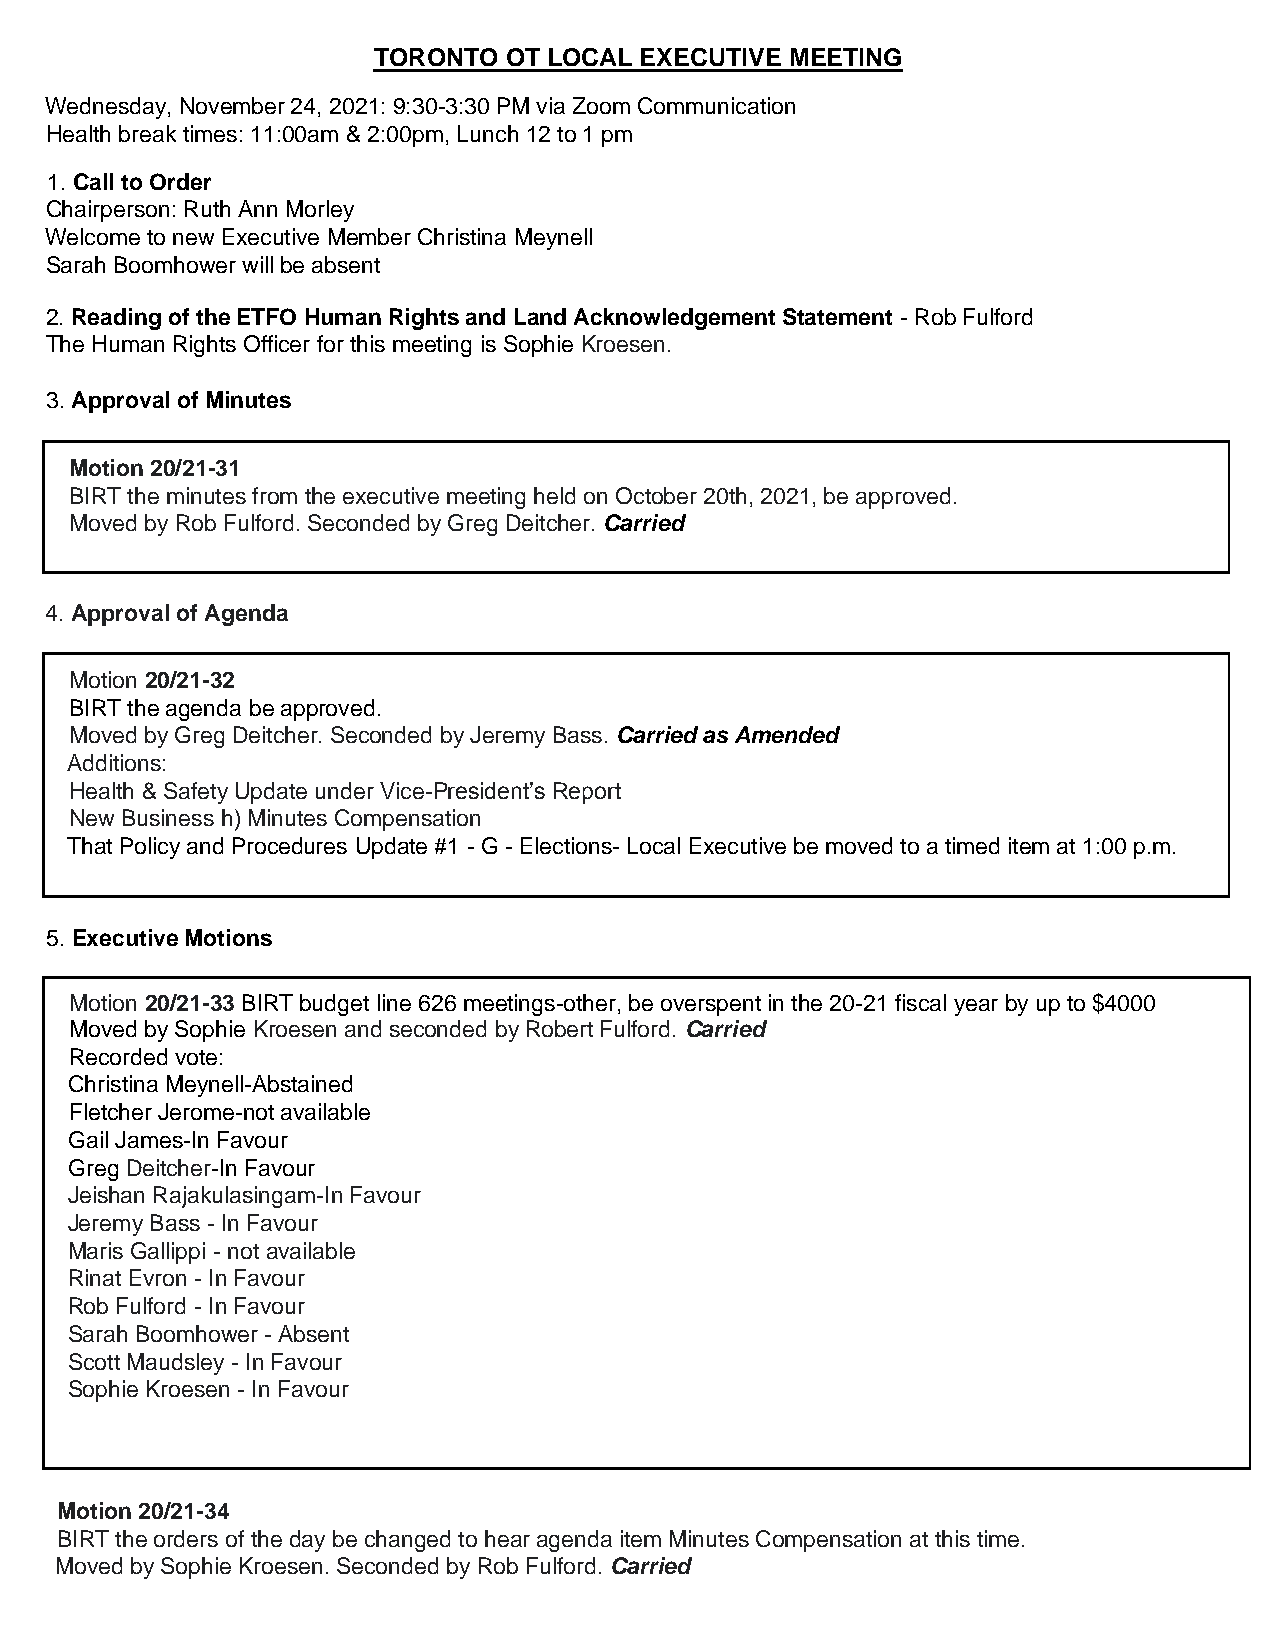
TORONTO OT LOCAL EXECUTIVE MEETING
 Wednesday, November 24, 2021: 9:30-3:30 PM via Zoom Communication
 Health break times: 11:00am & 2:00pm, Lunch 12 to 1 pm
 1. Call to Order
 Chairperson: Ruth Ann Morley
 Welcome to new Executive Member Christina Meynell
 Sarah Boomhower will be absent
 2. Reading of the ETFO Human Rights and Land Acknowledgement Statement - Rob Fulford
 The Human Rights Officer for this meeting is Sophie Kroesen.
 3. Approval of Minutes
 Motion 20/21-31
 BIRT the minutes from the executive meeting held on October 20th, 2021, be approved.
 Moved by Rob Fulford. Seconded by Greg Deitcher. Carried
 4. Approval of Agenda
 Motion 20/21-32
 BIRT the agenda be approved.
 Moved by Greg Deitcher. Seconded by Jeremy Bass. Carried as Amended
 Additions:
 Health & Safety Update under Vice-President’s Report
 New Business h) Minutes Compensation
 That Policy and Procedures Update #1 - G - Elections- Local Executive be moved to a timed item at 1:00 p.m.
 5. Executive Motions
 Motion 20/21-33 BIRT budget line 626 meetings-other, be overspent in the 20-21 fiscal year by up to $4000
 Moved by Sophie Kroesen and seconded by Robert Fulford. Carried
 Recorded vote:
 Christina Meynell-Abstained
 Fletcher Jerome-not available
 Gail James-In Favour
 Greg Deitcher-In Favour
 Jeishan Rajakulasingam-In Favour
 Jeremy Bass - In Favour
 Maris Gallippi - not available
 Rinat Evron - In Favour
 Rob Fulford - In Favour
 Sarah Boomhower - Absent
 Scott Maudsley - In Favour
 Sophie Kroesen - In Favour
 Motion 20/21-34
 BIRT the orders of the day be changed to hear agenda item Minutes Compensation at this time.
 Moved by Sophie Kroesen. Seconded by Rob Fulford. Carried